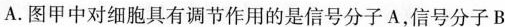
A.图甲中对细胞具有调节作用的信号分子A，信号分子B